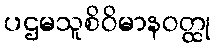
ပဌမသူစိဝိမာနဝတ္ထု